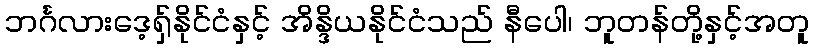
ဘင်္ဂလားဒေ့ရှ်နိုင်ငံနှင့် အိန္ဒိယနိုင်ငံသည် နီပေါ၊ ဘူတန်တို့နှင့်အတူ